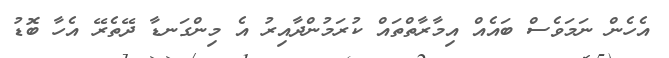
އެހެން ނަމަވެސް ބައެއް އިމާރާތްތައް ކުރަމުންދާއިރު އެ މިންގަނޑާ ދޭތެރޭ އެހާ ބޮޑު